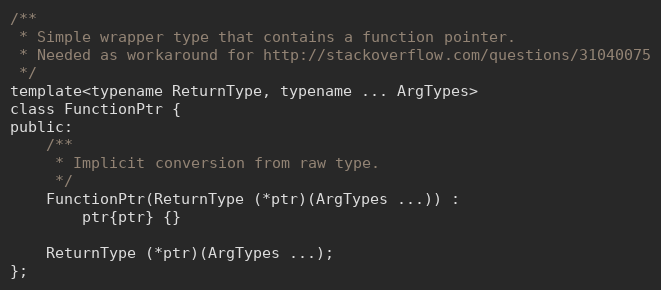
Language: C
/**
 * Simple wrapper type that contains a function pointer.
 * Needed as workaround for http://stackoverflow.com/questions/31040075
 */
template<typename ReturnType, typename ... ArgTypes>
class FunctionPtr {
public:
	/**
	 * Implicit conversion from raw type.
	 */
	FunctionPtr(ReturnType (*ptr)(ArgTypes ...)) :
		ptr{ptr} {}

	ReturnType (*ptr)(ArgTypes ...);
};